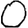
Digit: 0